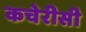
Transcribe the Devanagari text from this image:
कचेरीसी